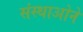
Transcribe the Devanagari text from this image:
संस्थाओने